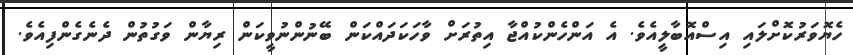
ހެޔޮވަރުކޮށްލައި އިސްއޮބާލީއެވެ. އެ އަންހެންކުއްޖާ އިތުރަށް ވާހަކަދައްކަން ބޭނުންނުވީކަން ރިޔާން ވަގުތުން ދެނެގެންފިއެވެ.